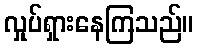
လှုပ်ရှားနေကြသည်။